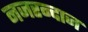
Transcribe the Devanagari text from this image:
नजरन्दाज